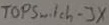
Text: TOPSwitch-JX